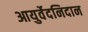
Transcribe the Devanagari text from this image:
आयुर्वेदनिदान